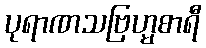
ပုရာဏသဗြဟ္မစာရီ